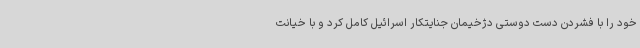
خود را با فشردن دست دوستی دژخیمان جنایتکار اسرائیل کامل کرد و با خیانت